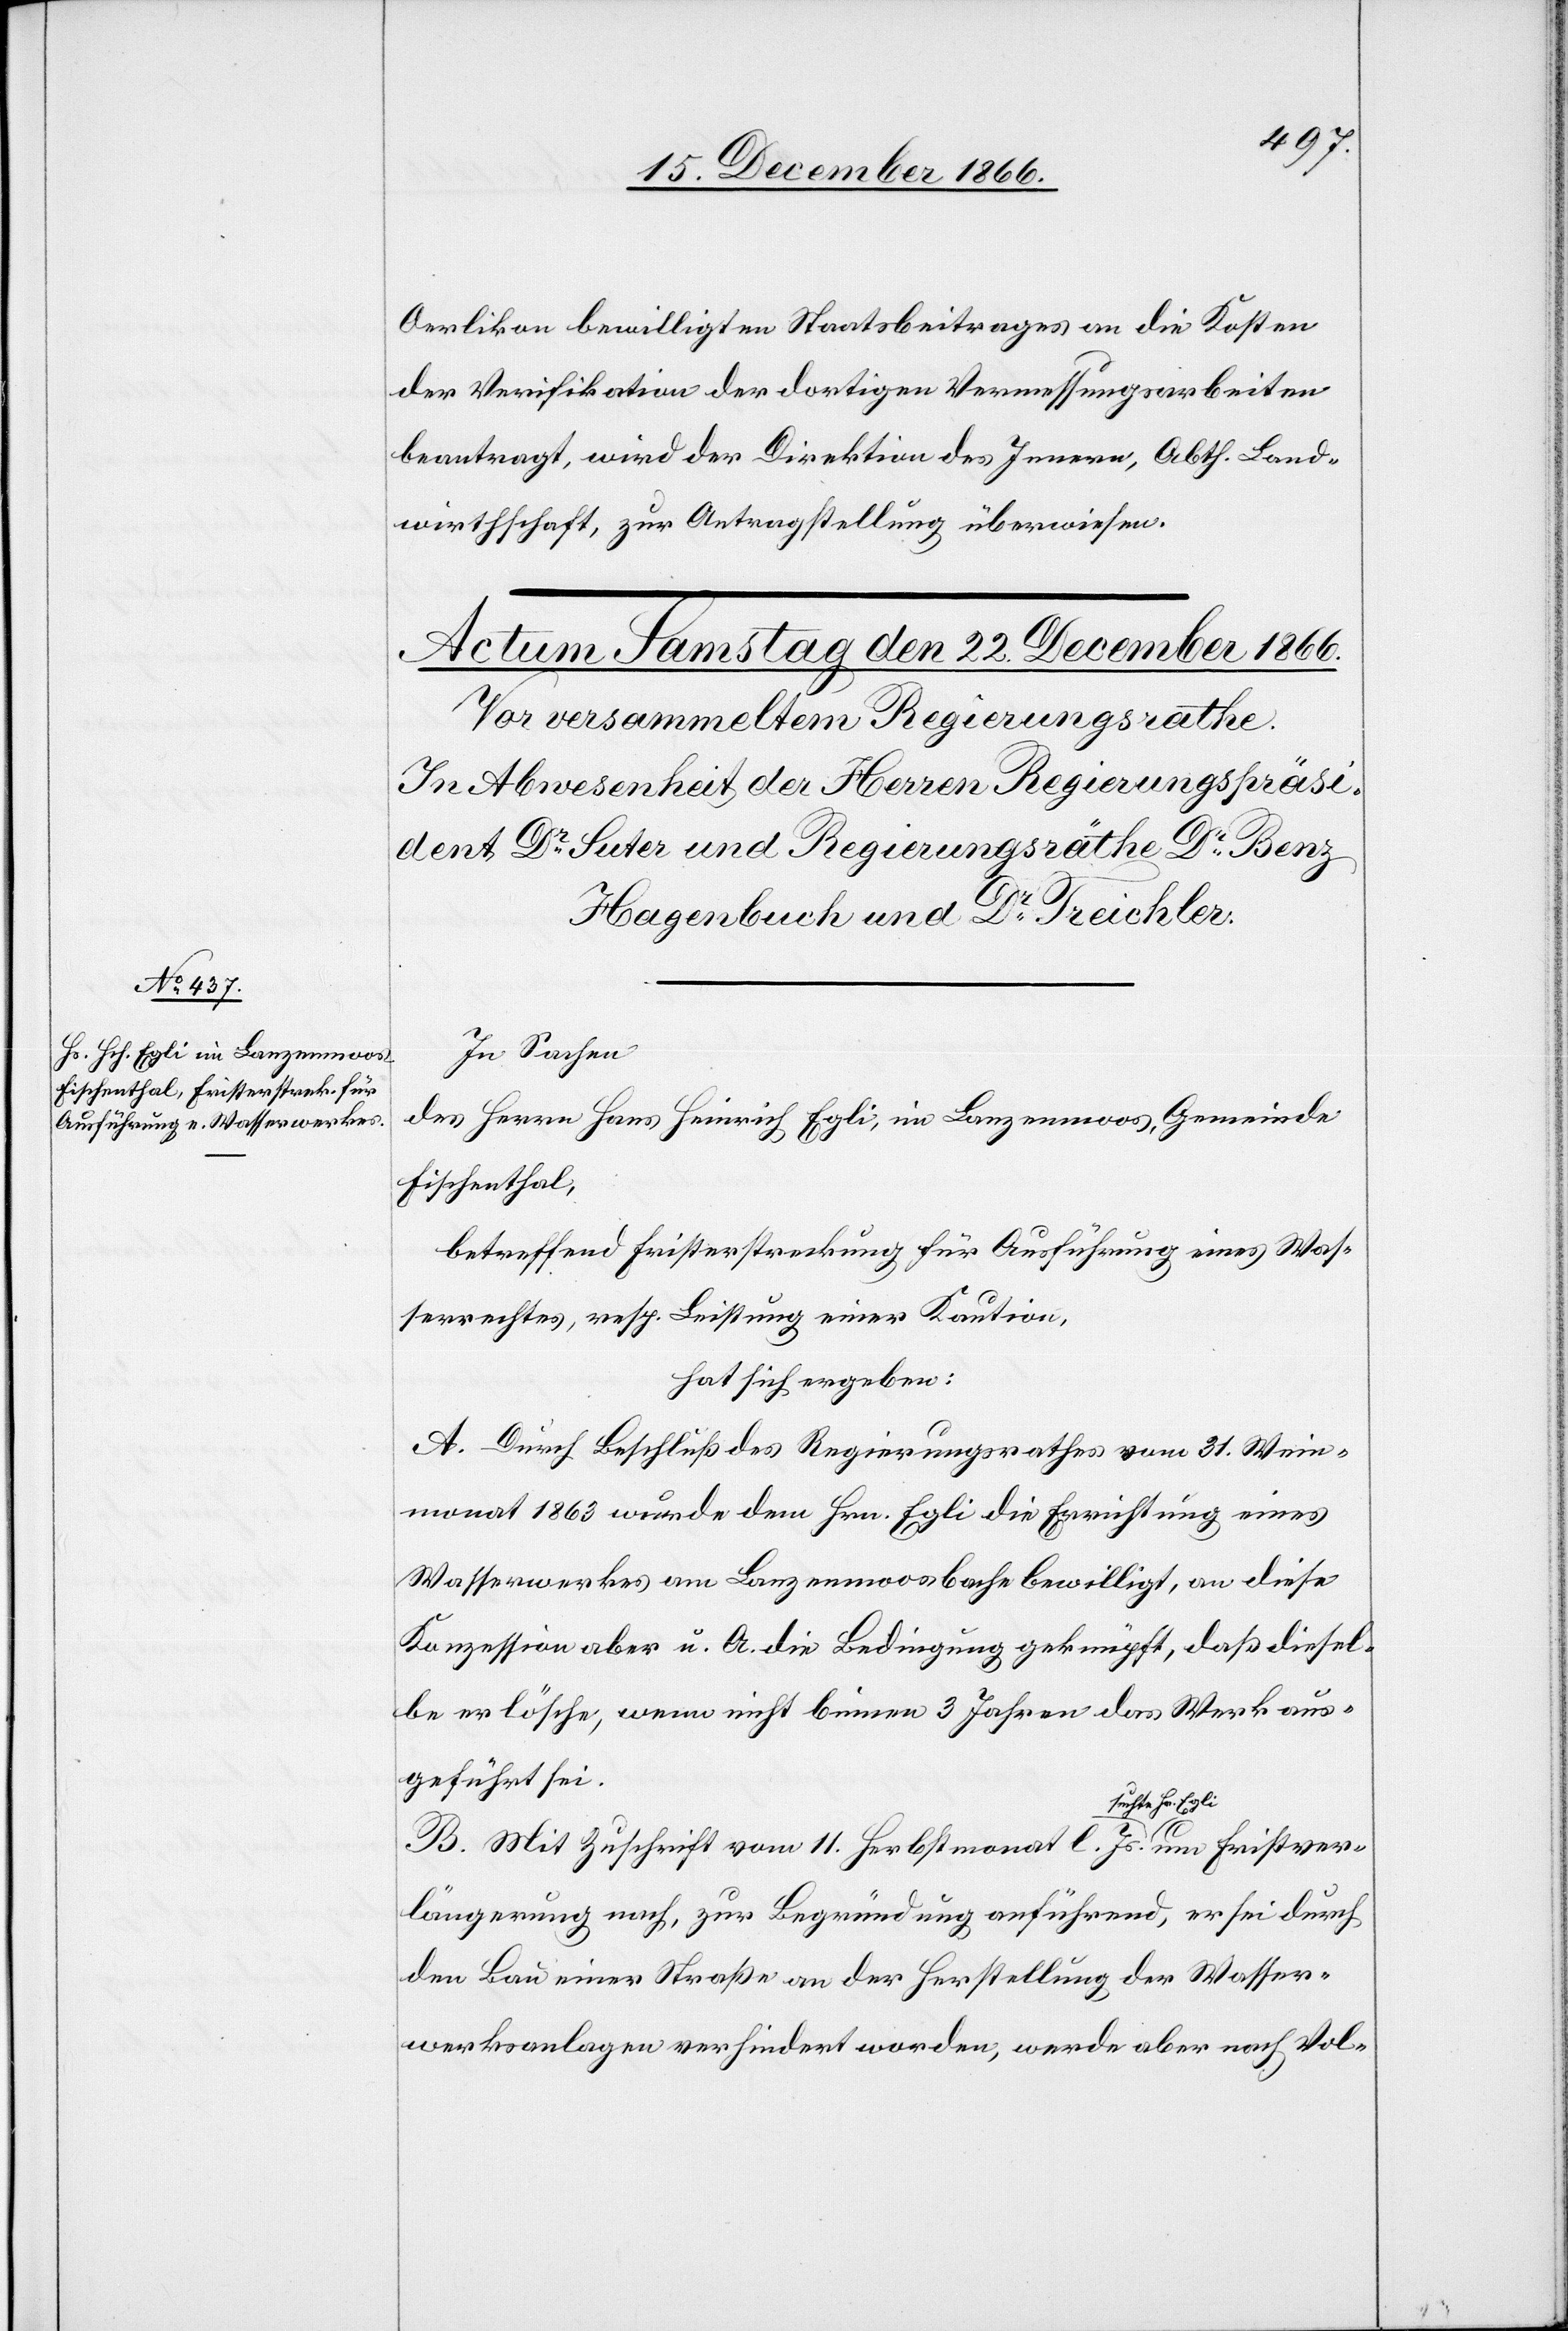
Oerlikon bewilligten Staatsbeitrages an die Kosten
der Verifikation der dortigen Vermessungsarbeiten
beantragt, wird der Direktion des Innern, Abth. Land¬
wirthschaft, zur Antragstellung überwiesen.
In Sachen
des Herrn Hans Heinrich Egli, in Lanzenmoos, Gemeinde
Fischenthal,
betreffend Fristerstreckung für Ausführung eines Was¬
serrechtes, resp. Leistung einer Kaution,
hat sich ergeben:
A. Durch Beschluß des Regierungsrathes vom 31. Wein¬
monat 1863 wurde dem Hrn. Egli die Errichtung eines
Wasserwerkes am Lanzenmoosbache bewilligt, an diese
Konzession aber u. A. die Bedingung geknüpft, daß diesel¬
be erlösche, wenn nicht binnen 3 Jahren das Werk aus¬
geführt sei.
Fristver¬
B. Mit Zuschrift vom 11. Herbstmonat l. Js. suchte
längerung nach, zur Begründung anführend, er sei durch
den Bau einer Straße an der Herstellung der Wasser¬
werksanlagen verhindert worden, werde aber nach Vol-